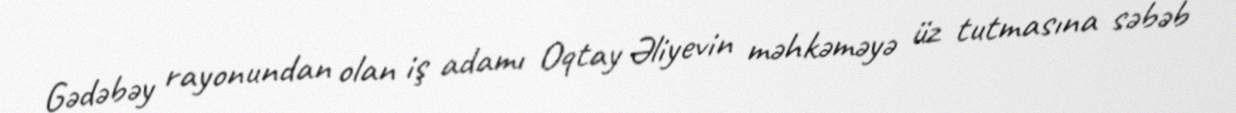
Gədəbəy rayonundan olan iş adamı Oqtay Əliyevin məhkəməyə üz tutmasına səbəb